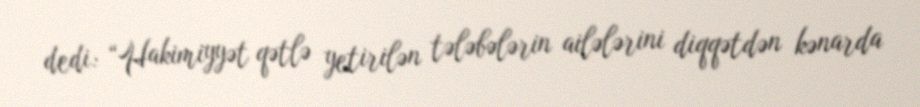
dedi: “Hakimiyyət qətlə yetirilən tələbələrin ailələrini diqqətdən kənarda